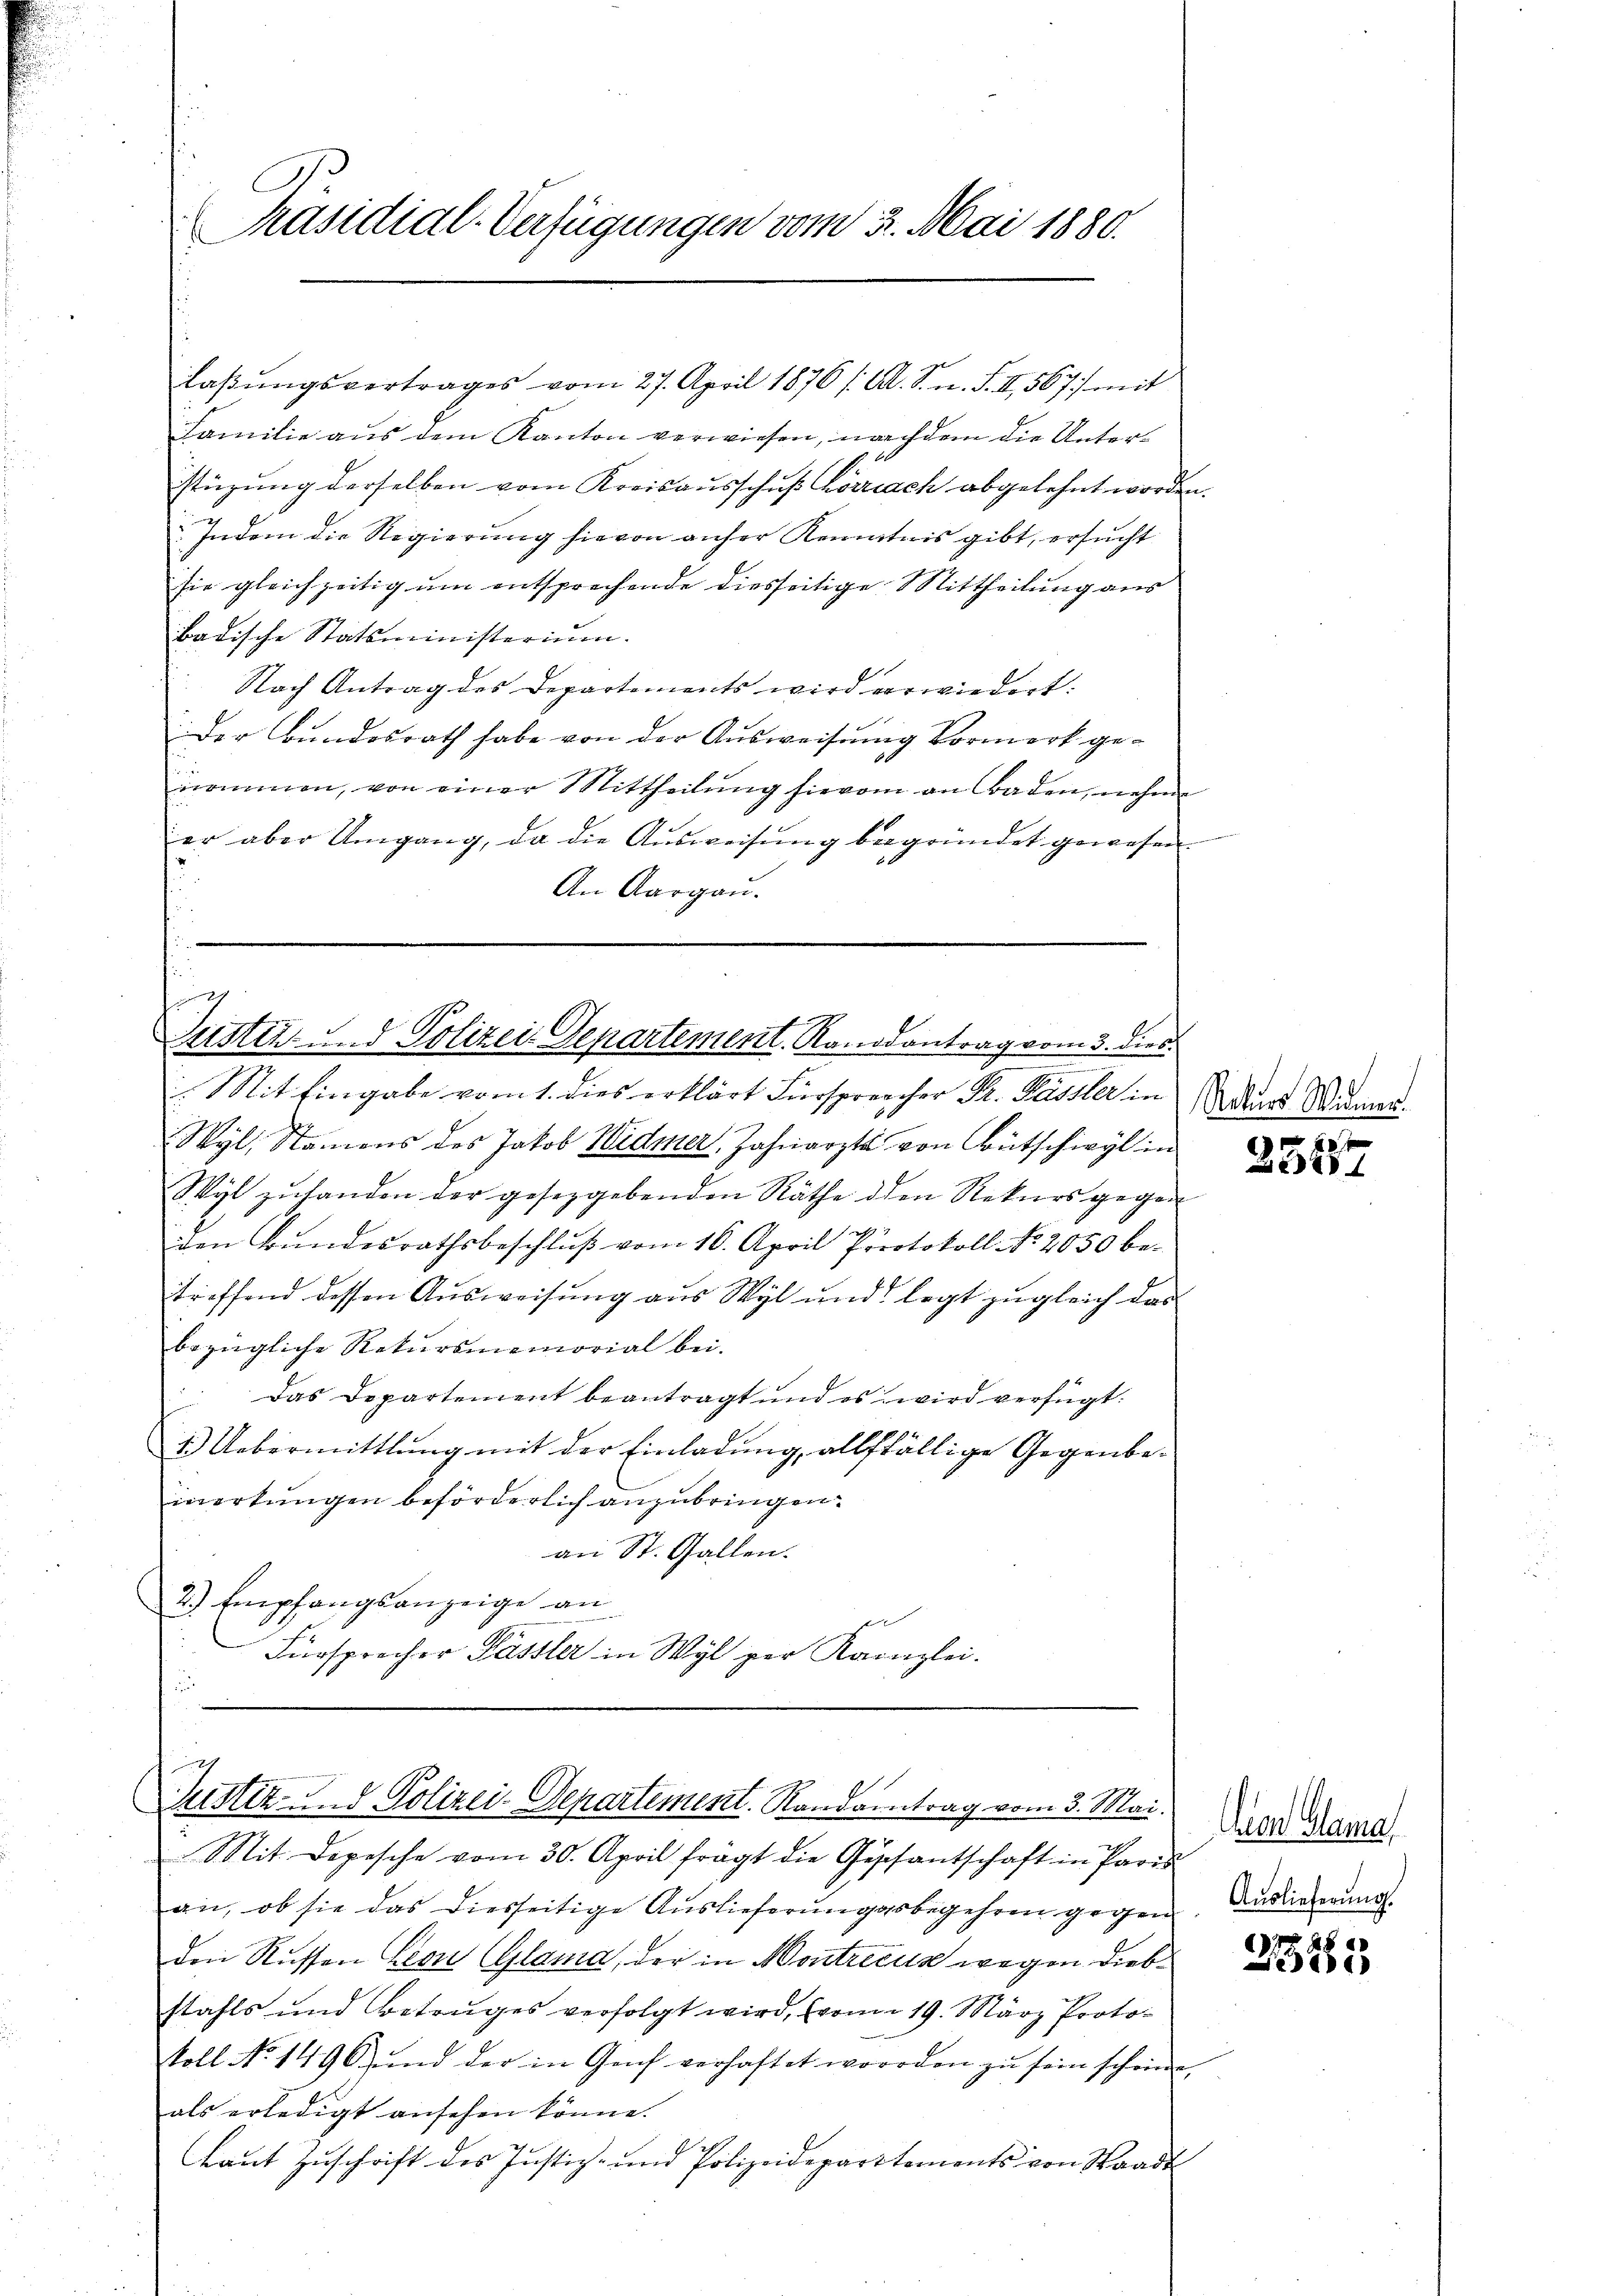
Präsidial-Verfügungen vom 5. Mai 1880.

Familie aus dem Kanton verwiesen, nachdem die Unterstüzung derselben vom Kreisausschuß hörrach abgelehnt worden.
Indem die Regierung hievon anher Kenntnis gibt, ersucht
sie gleichzeitig um entsprechende diesseitige Mittheilung aus
Badische Statsministerium.
Nach Antrag des Departements wird verwiedert.
Der Bundesrath habe von der Ausweisung Vormerk genommen, von einer Mittheilŭng hievon an Baden, nehme
er aber Umgang, da die Aŭsweisŭng begründet gewesen
An Aargau.

Mit Eingabe vom 1. dies erklärt Fürsprecher Dr. Kässler in
Wyl, Namens des Jakob Widmer Zahnarzte von Bütschwyl in
Wyl zuhanden der gesetzgebenden Räthe den Rekurs gegen
den Bŭndesrathsbeschlŭβ vom 16. April Protokoll No. 2050 be-
troffend dessen Ausweisung aus Wyl und legt zugleich das
bezügliche Rekursmemorial bei.
Das Departement beantragt und es wird verfügt:
1.) Uebermittlung mit der Einladung, allffällige Gegenbemerkungen beförderlich anzubringen.
an St. Gallen.
2.) Empfangsanzeige an
Fürsprecher Pässler in Wyl per Kanzlei.

laβŭngsvertrages vom 27. April 1876 /: A. S. n. F. II, 567) mit

Justiz- u. d. Polizei-Departement. Randantrag vom 3. dies

Justiz- und Polizei-Departement. Randantrag vom 3. Mai.

Rotars Widmer.

Mit Depesche vom 30. April fragt die Geschantschaft in Paris
an, ob sie das diesseitige Auslieferungsbegehren gegen
den Russen Leon (Glama, der in Montricus wegen Diebstahls und Betruges verfolgt wird, (von 19. März Protokoll No 1496 ŭnd der in Genf verhaftet worden zŭ sein scheinen,
als erledigt ansehen könne.
Laut Zuschrift des Justiz- und Polizeidepartements von Staadt

25157

Gron Sama
Auslieferung.

23265